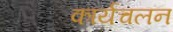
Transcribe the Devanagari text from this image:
कार्यचलन